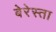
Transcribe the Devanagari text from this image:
बेरेस्ता